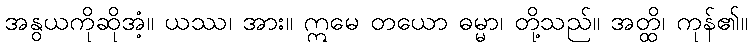
အနွယကိုဆိုအံ့။ ယဿ၊ အား။ ဣမေ တယော ဓမ္မာ၊ တို့သည်။ အတ္ထိ၊ ကုန်၏။